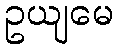
ဥယျမေ